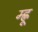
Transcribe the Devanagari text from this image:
म्ह्णू